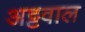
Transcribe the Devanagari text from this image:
अट्टवाल